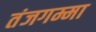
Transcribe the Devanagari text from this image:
तंजगम्मा